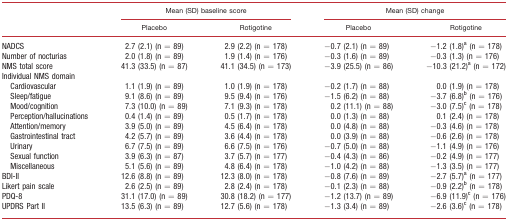
<table><thead><tr><td></td><td colspan="2"><b>Mean (SD) baseline score</b></td><td colspan="2"><b>Mean (SD) change</b></td></tr><tr><td></td><td><b>Placebo</b></td><td><b>Rotigotine</b></td><td><b>Placebo</b></td><td><b>Rotigotine</b></td></tr></thead><tbody><tr><td>NADCS</td><td>2.7 (2.1) (n = 89)</td><td>2.9 (2.2) (n = 178)</td><td>−0.7 (2.1) (n = 89)</td><td>−1.2 (1.8)a (n = 178)</td></tr><tr><td>Number of nocturias</td><td>2.0 (1.8) (n = 89)</td><td>1.9 (1.4) (n = 176)</td><td>−0.3 (1.6) (n = 89)</td><td>−0.3 (1.3) (n = 176)</td></tr><tr><td>NMS total score</td><td>41.3 (33.5) (n = 87)</td><td>41.1 (34.5) (n = 173)</td><td>−3.9 (25.5) (n = 86)</td><td>−10.3 (21.2)a (n = 172)</td></tr><tr><td colspan="5">Individual NMS domain</td></tr><tr><td> Cardiovascular</td><td>1.1 (1.9) (n = 89)</td><td>1.0 (1.9) (n = 178)</td><td>−0.2 (1.7) (n = 88)</td><td>0.0 (1.9) (n = 178)</td></tr><tr><td> Sleep/fatigue</td><td>9.1 (8.6) (n = 89)</td><td>9.5 (9.4) (n = 176)</td><td>−1.5 (6.2) (n = 88)</td><td>−3.7 (6.8)b (n = 176)</td></tr><tr><td> Mood/cognition</td><td>7.3 (10.0) (n = 89)</td><td>7.1 (9.3) (n = 178)</td><td>0.2 (11.1) (n = 88)</td><td>−3.0 (7.5)c (n = 178)</td></tr><tr><td> Perception/hallucinations</td><td>0.4 (1.4) (n = 89)</td><td>0.5 (1.7) (n = 178)</td><td>0.0 (1.3) (n = 88)</td><td>0.1 (2.4) (n = 178)</td></tr><tr><td> Attention/memory</td><td>3.9 (5.0) (n = 89)</td><td>4.5 (6.4) (n = 178)</td><td>0.0 (4.8) (n = 88)</td><td>−0.3 (4.6) (n = 178)</td></tr><tr><td> Gastrointestinal tract</td><td>4.2 (5.7) (n = 89)</td><td>3.6 (4.4) (n = 178)</td><td>0.0 (3.9) (n = 88)</td><td>−0.6 (2.6) (n = 178)</td></tr><tr><td> Urinary</td><td>6.7 (7.5) (n = 89)</td><td>6.6 (7.5) (n = 176)</td><td>−0.7 (5.0) (n = 88)</td><td>−1.1 (4.9) (n = 176)</td></tr><tr><td> Sexual function</td><td>3.9 (6.3) (n = 87)</td><td>3.7 (5.7) (n = 177)</td><td>−0.4 (4.3) (n = 86)</td><td>−0.2 (4.9) (n = 177)</td></tr><tr><td> Miscellaneous</td><td>5.1 (5.6) (n = 89)</td><td>4.8 (6.4) (n = 178)</td><td>−1.0 (4.2) (n = 88)</td><td>−1.3 (3.5) (n = 177)</td></tr><tr><td>BDI-II</td><td>12.6 (8.8) (n = 89)</td><td>12.3 (8.0) (n = 178)</td><td>−0.8 (7.6) (n = 89)</td><td>−2.7 (5.7)a (n = 177)</td></tr><tr><td>Likert pain scale</td><td>2.6 (2.5) (n = 89)</td><td>2.8 (2.4) (n = 178)</td><td>−0.1 (2.3) (n = 88)</td><td>−0.9 (2.2)b (n = 178)</td></tr><tr><td>PDQ-8</td><td>31.1 (17.0) (n = 89)</td><td>30.8 (18.2) (n = 177)</td><td>−1.2 (13.7) (n = 89)</td><td>−6.9 (11.9)c (n = 176)</td></tr><tr><td>UPDRS Part II</td><td>13.5 (6.3) (n = 89)</td><td>12.7 (5.6) (n = 178)</td><td>−1.3 (3.4) (n = 89)</td><td>−2.6 (3.6)c (n = 178)</td></tr></tbody></table>